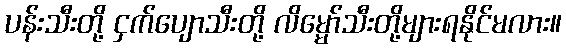
ပန်းသီးတို့ ငှက်ပျောသီးတို့ လိမ္မော်သီးတို့များရနိုင်မလား။